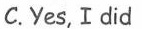
C.Yes, Idid